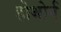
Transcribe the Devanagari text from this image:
होथोर्न